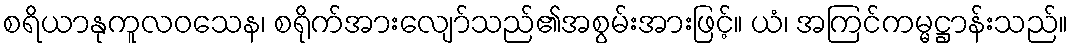
စရိယာနုကူလဝသေန၊ စရိုက်အားလျော်သည်၏အစွမ်းအားဖြင့်။ ယံ၊ အကြင်ကမ္မဋ္ဌာန်းသည်။